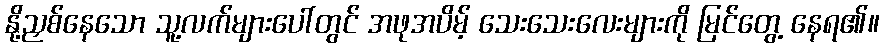
နို့ညှစ်နေသော သူ့လက်များပေါ်တွင် အဖုအပိမ့် သေးသေးလေးများကို မြင်တွေ့ နေရ၏။